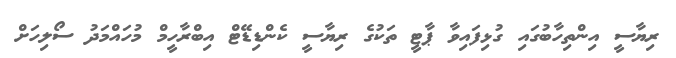
ރިޔާސީ އިންތިހާބުގައި ގުޅިފައިވާ ޕާޓީ ތަކުގެ ރިޔާސީ ކެންޑިޑޭޓް އިބްރާހީމް މުހައްމަދު ސޯލިހަށް